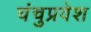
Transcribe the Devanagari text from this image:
चंचुप्रवेश